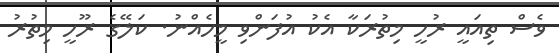
ވެސް ތިއައީ ރުހީ މިތުރަކާ އެކު އުފަންވި މީހެއްނު. ކަލޭގެ ރޫހީ މިތުރު